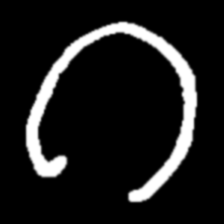
Pyu character \u2014 Myanmar letter: ဂ (romanized: ga)